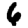
Digit: 6